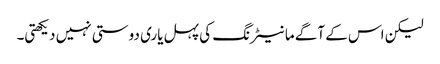
لیکن اس کے آگے مانیٹرنگ کی پہل یاری دوستی نہیں دیکھتی۔